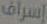
إسراف